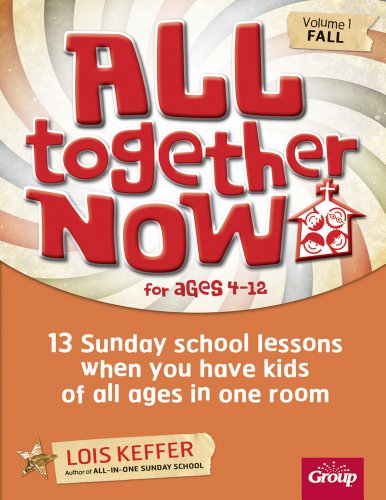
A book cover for All Together Now: 13 Sunday school lessons when you have kids of all ages in one room; Lois Keffer; Christian Books & Bibles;